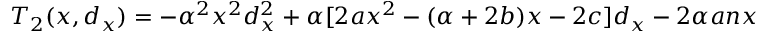
T _ { 2 } ( x , d _ { x } ) = - \alpha ^ { 2 } x ^ { 2 } d _ { x } ^ { 2 } + \alpha [ 2 a x ^ { 2 } - ( \alpha + 2 b ) x - 2 c ] d _ { x } - 2 \alpha a n x